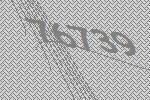
76739